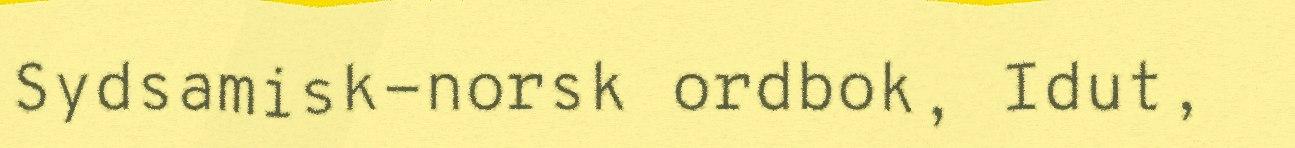
Sydsamisk-norsk ordbok, Idut,